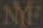
NYF